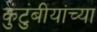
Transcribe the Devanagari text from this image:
कुंटुंबीयांच्या